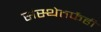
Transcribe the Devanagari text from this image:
संस्थेतर्फेही